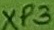
Text: XP3